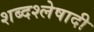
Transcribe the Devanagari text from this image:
शब्दश्लेषादी